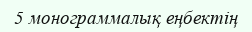
5 монограммалық еңбектің